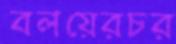
বলয়েরচর